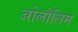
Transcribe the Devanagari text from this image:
ओलौलिम